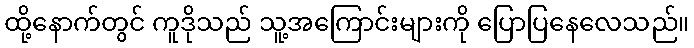
ထို့နောက်တွင် ကူဒိုသည် သူ့အကြောင်းများကို ပြောပြနေလေသည်။